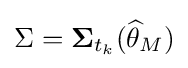
\Sigma =\mathbf {\Sigma } _{t_{k}}({\widehat {\theta }}_{M})